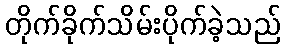
တိုက်ခိုက်သိမ်းပိုက်ခဲ့သည်